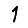
Digit: 1